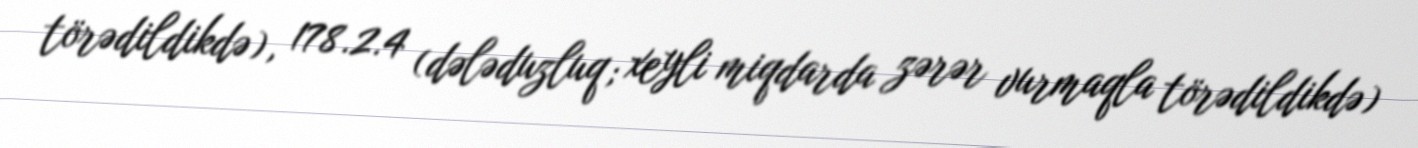
törədildikdə), 178.2.4 (dələduzluq; xeyli miqdarda zərər vurmaqla törədildikdə)